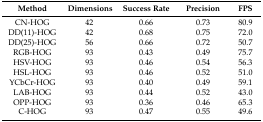
<table><thead><tr><td><b>Method</b></td><td><b>Dimensions</b></td><td><b>Success Rate</b></td><td><b>Precision</b></td><td><b>FPS</b></td></tr></thead><tbody><tr><td>CN-HOG</td><td>42</td><td>0.66</td><td>0.73</td><td>80.9</td></tr><tr><td>DD(11)-HOG</td><td>42</td><td>0.68</td><td>0.75</td><td>72.0</td></tr><tr><td>DD(25)-HOG</td><td>56</td><td>0.66</td><td>0.72</td><td>50.7</td></tr><tr><td>RGB-HOG</td><td>93</td><td>0.43</td><td>0.49</td><td>75.7</td></tr><tr><td>HSV-HOG</td><td>93</td><td>0.46</td><td>0.54</td><td>56.3</td></tr><tr><td>HSL-HOG</td><td>93</td><td>0.46</td><td>0.52</td><td>51.0</td></tr><tr><td>YCbCr-HOG</td><td>93</td><td>0.40</td><td>0.49</td><td>59.1</td></tr><tr><td>LAB-HOG</td><td>93</td><td>0.44</td><td>0.52</td><td>43.0</td></tr><tr><td>OPP-HOG</td><td>93</td><td>0.36</td><td>0.46</td><td>65.3</td></tr><tr><td>C-HOG</td><td>93</td><td>0.47</td><td>0.55</td><td>49.6</td></tr></tbody></table>